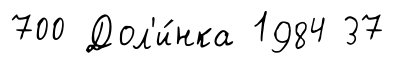
700 Дол'и́нка 1984 37